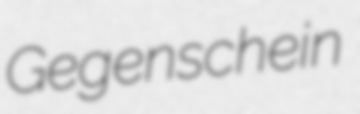
Gegenschein